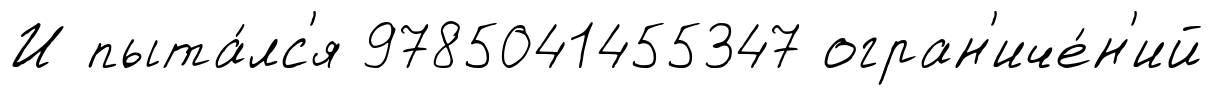
И пыта́лс'я 9785041455347 огран'иче́н'ий